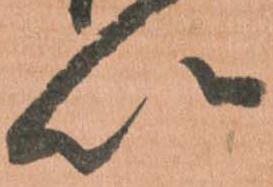
以